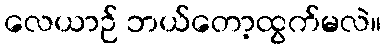
လေယာဉ် ဘယ်တော့ထွက်မလဲ။